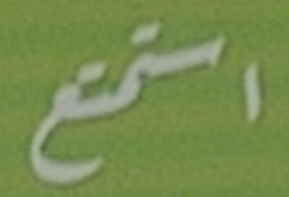
استمتع